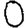
Digit: 0